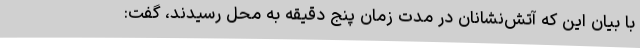
با بیان این که آتش‌نشانان در مدت زمان پنج دقیقه به محل رسیدند، گفت: